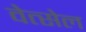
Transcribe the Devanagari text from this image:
वेत्सेल